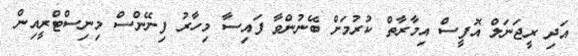
އަދި ރީޖަނަލް އޮފީސް އިމާރާތް ކުރުމަށް ބޭނުންވާ ފައިސާ މިހާރު ފިނޭންސް މިނިސްޓްރީއިން